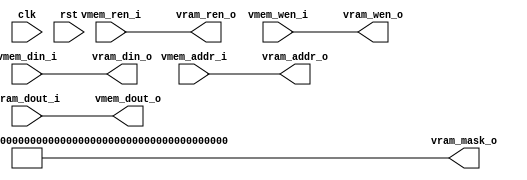

module v_mem_access #(
    parameter VMEM_DW   = 256,
    parameter VMEM_AW   = 32,
    parameter VRAM_DW   = 256,
    parameter VRAM_AW   = 32
)(
    input                   clk,
    input                   rst,
    
    input                   vmem_ren_i,
    input                   vmem_wen_i,
    input   [VMEM_AW-1:0]   vmem_addr_i,
    input   [VMEM_DW-1:0]   vmem_din_i,
    output  [VMEM_DW-1:0]   vmem_dout_o,

    output                  vram_ren_o,
    output                  vram_wen_o,
    output  [VRAM_AW-1:0]   vram_addr_o,
    output  [VRAM_DW-1:0]   vram_mask_o,
    output  [VRAM_DW-1:0]   vram_din_o,
    input   [VRAM_DW-1:0]   vram_dout_i
);

assign vram_ren_o   = vmem_ren_i ;
assign vram_wen_o   = vmem_wen_i ;
assign vram_addr_o  = vmem_addr_i ;
assign vram_din_o   = vmem_din_i ;
assign vram_mask_o  = {(VRAM_DW){1'b1}};
assign vmem_dout_o  = vram_dout_i ;

endmodule